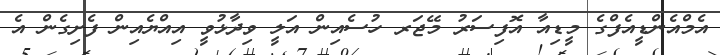
އެމްއެންޑީއެފްގެ މީޑިއާ އޮފިސަރު މޭޖަރ ހުސެއިން އަލީ ވިދާޅުވީ އިއްޔެއިން ފެށިގެން އެ